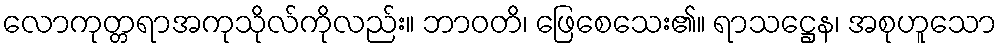
လောကုတ္တရာအကုသိုလ်ကိုလည်း။ ဘာဝတိ၊ ဖြေစေသေး၏။ ရာသဋ္ဌေန၊ အစုဟူသော